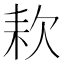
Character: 𣢹